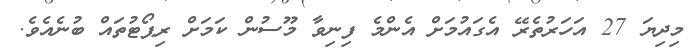
މިދިޔަ 27 އަހަރުތެރޭ އެގައުމަށް އެންމެ ފިނިވާ މޫސުން ކަމަށް ރިޕޯޓުތައް ބުނެއެވެ.